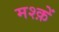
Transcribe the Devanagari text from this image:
मश्क़ें